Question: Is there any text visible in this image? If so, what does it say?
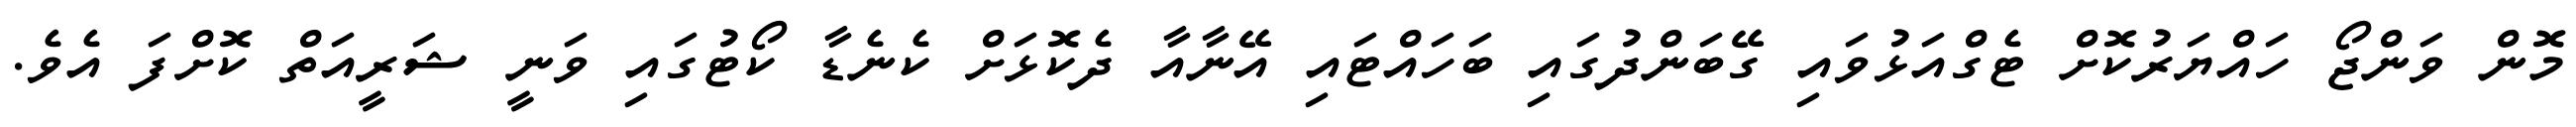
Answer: މޮން ވަންޖޯ ހައްޔަރުކޮށް ޓެގްއަޅުވައި ގޭބަންދުގައި ބަހައްޓައި އޭނާއާ ދެކޮޅަށް ކެނެޑާ ކޯޓުގައި ވަނީ ޝަރީއަތް ކޮށްފަ އެވެ.